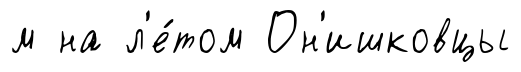
м на л'е́том Он'ишковцы